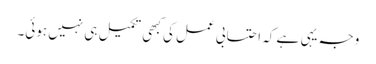
وجہ یہی ہے کہ احتسابی عمل کی کبھی تکمیل ہی نہیں ہوئی۔